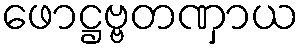
ဖောဋ္ဌဗ္ဗတဏှာယ